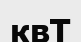
квТ